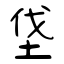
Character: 垡